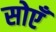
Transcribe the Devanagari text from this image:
सोएँ